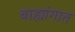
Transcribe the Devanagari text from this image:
बाह्यांगात